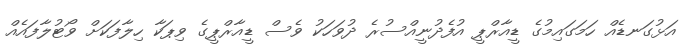
އަޅުގަނޑެއް ހަމަގައިމުގެ ޑީއާރްޕީ އުފެދުނީއްސުރެ ދުވަހަކު ވެސް ޑީއާރްޕީގެ ވިޕަކާ ހިލާފަކަށް ވޯޓުލާފައެއް